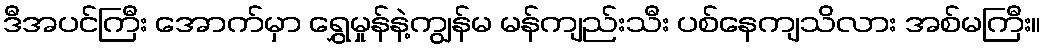
ဒီအပင်ကြီး အောက်မှာ ရွှေမှုန်နဲ့ကျွန်မ မန်ကျည်းသီး ပစ်နေကျသိလား အစ်မကြီး။